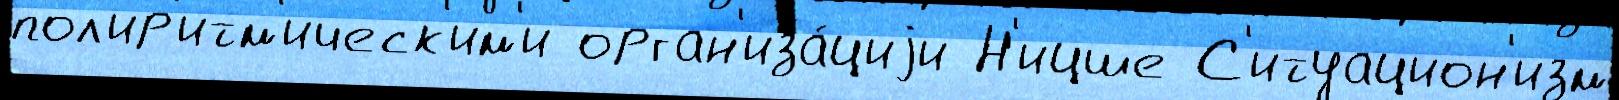
пол'ир'итм'ическ'им'и орган'иза́циjи Н'ицше С'итуацион'изм